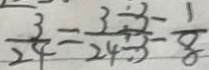
\frac { 3 } { 2 4 } = \frac { 3 \div 3 } { 2 4 \div 3 } = \frac { 1 } { 8 }